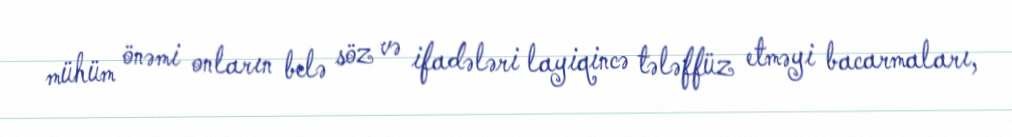
mühüm önəmi onların belə söz və ifadələri layiqincə tələffüz etməyi bacarmaları,